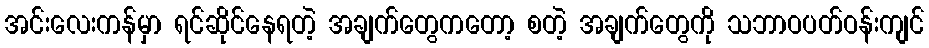
အင်းလေးကန်မှာ ရင်ဆိုင်နေရတဲ့ အချက်တွေကတော့ စတဲ့ အချက်တွေကို သဘာဝပတ်ဝန်းကျင်